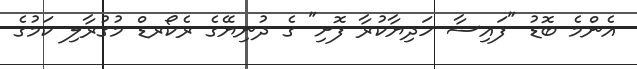
އެންމެ ބޮޑު "ފައިސާ ހަދިޔާކުރާ ފޮށި" ގެ ދުނިޔޭގެ ރެކޯރޑް މުގުރާލި ކަމުގެ